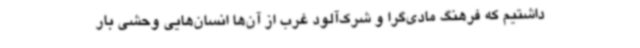
داشتیم که فرهنگ مادی‌گرا و شرک‌آلود غرب از آن‌ها انسان‌هایی وحشی بار